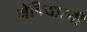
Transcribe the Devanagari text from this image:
मेचियारची